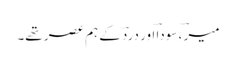
میرؔ ، سوداؔ اور دردؔ کے ہم عصر تھے۔